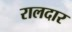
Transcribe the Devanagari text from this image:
रालदार